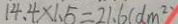
1 4 . 4 \times 1 . 5 = 2 1 . 6 ( d m ^ { 2 } )